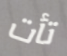
تأت